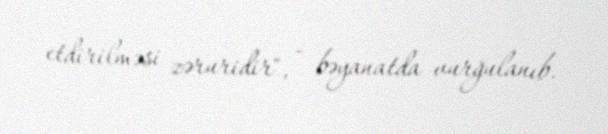
etdirilməsi zəruridir", - bəyanatda vurğulanıb.